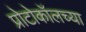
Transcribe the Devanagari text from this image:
प्रोटोकॉलच्या